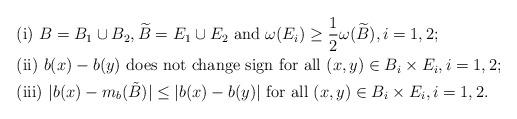
LaTeX: \begin{align*}\begin{aligned}& \mbox{(i) } B=B_1\cup B_2, \widetilde B= E_1\cup E_2 \mbox{ and }\omega(E_i)\ge \frac12\omega(\widetilde B), i=1,2;\\& \mbox{(ii) } b(x)-b(y) \mbox{ does not change sign for all }(x,y)\in B_i\times E_i, i=1,2; \\&\mbox{(iii) } |b(x)-m_b(\tilde B)|\le |b(x)-b(y)| \mbox{ for all }(x,y)\in B_i\times E_i, i=1,2.\end{aligned}\end{align*}